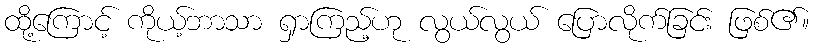
ထို့ကြောင့် ကိုယ့်ဘာသာ ရှာကြည့်ဟု လွယ်လွယ် ပြောလိုက်ခြင်း ဖြစ်၏။